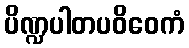
ပိဏ္ဍပါတပဝိဝေကံ